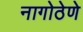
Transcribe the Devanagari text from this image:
नागोठेणे